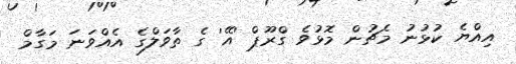
އިއްޔެ ކުޅުނު މެޗުން މޮޅުވެ ގްރޫޕް 'އޭ' ގެ ތާވަލްގެ އެއްވަނަ މަގާމް